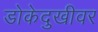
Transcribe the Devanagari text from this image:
डोकेदुखीवर